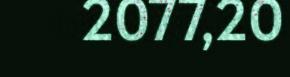
2077,20